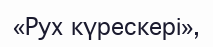
«Рух күрескері»,